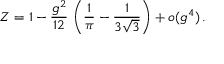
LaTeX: Z = 1 - \frac { g ^ { 2 } } { 1 2 } \, \left( \frac { 1 } { \pi } - \frac { 1 } { 3 \sqrt { 3 } } \right) + o ( g ^ { 4 } ) \, .